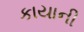
કાયાની